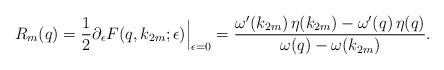
\begin{align*}R_m(q)=\frac{1}{2}{\partial_\epsilon F(q,k_{2m};\epsilon)}\Big|_{\epsilon=0}=\frac{\omega'(k_{2m})\,\eta(k_{2m})-\omega'(q)\,\eta(q)}{\omega(q)-\omega(k_{2m})}.\end{align*}